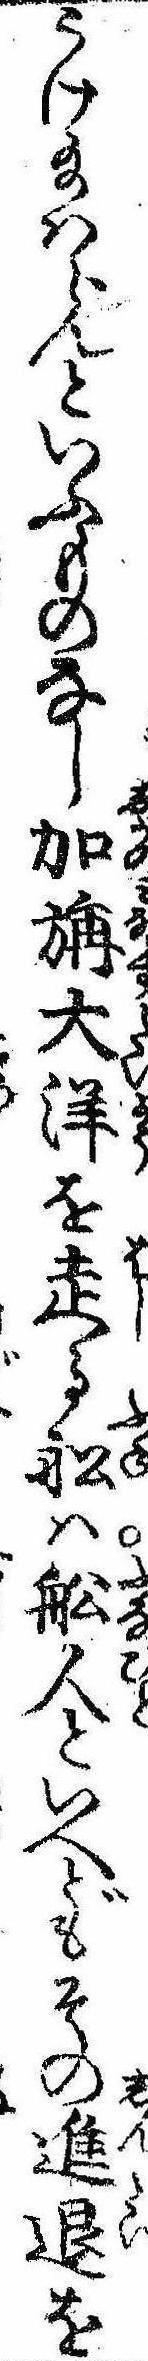
うけ給はらんといふものなし加旃大洋を走る船は船人といへどもその進退を